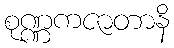
စုဏ္ဏကဇာတာနိ